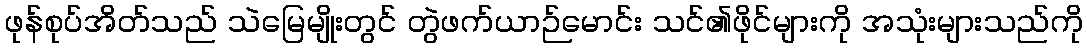
ဖုန်စုပ်အိတ်သည် သဲမြေမျိုးတွင် တွဲဖက်ယာဉ်မောင်း သင်၏ဖိုင်များကို အသုံးများသည်ကို